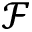
\mathcal { F }